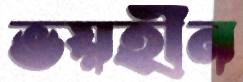
ভয়হীন